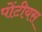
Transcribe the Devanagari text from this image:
पोंटीयस